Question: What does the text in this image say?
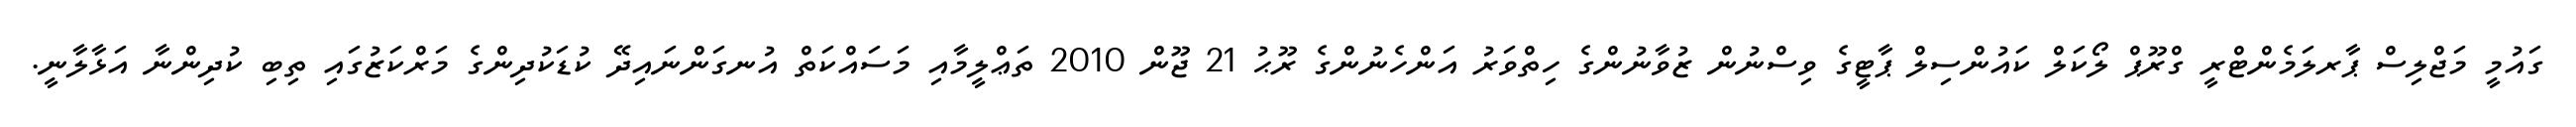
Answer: ގައުމީ މަޖްލިސް ޕާރލަމެންޓްރީ ގްރޫޕް ލޯކަލް ކައުންސިލް ޕާޓީގެ ވިސްނުން ޒުވާނުންގެ ހިތްވަރު އަންހެނުންގެ ރޫޙު 21 ޖޫން 2010 ތަޢްލީމާއި މަސައްކަތް އުނގަންނައިދޭ ކުޑަކުދިންގެ މަރްކަޒުގައި ތިބި ކުދިންނާ އަޅާލާނީ.